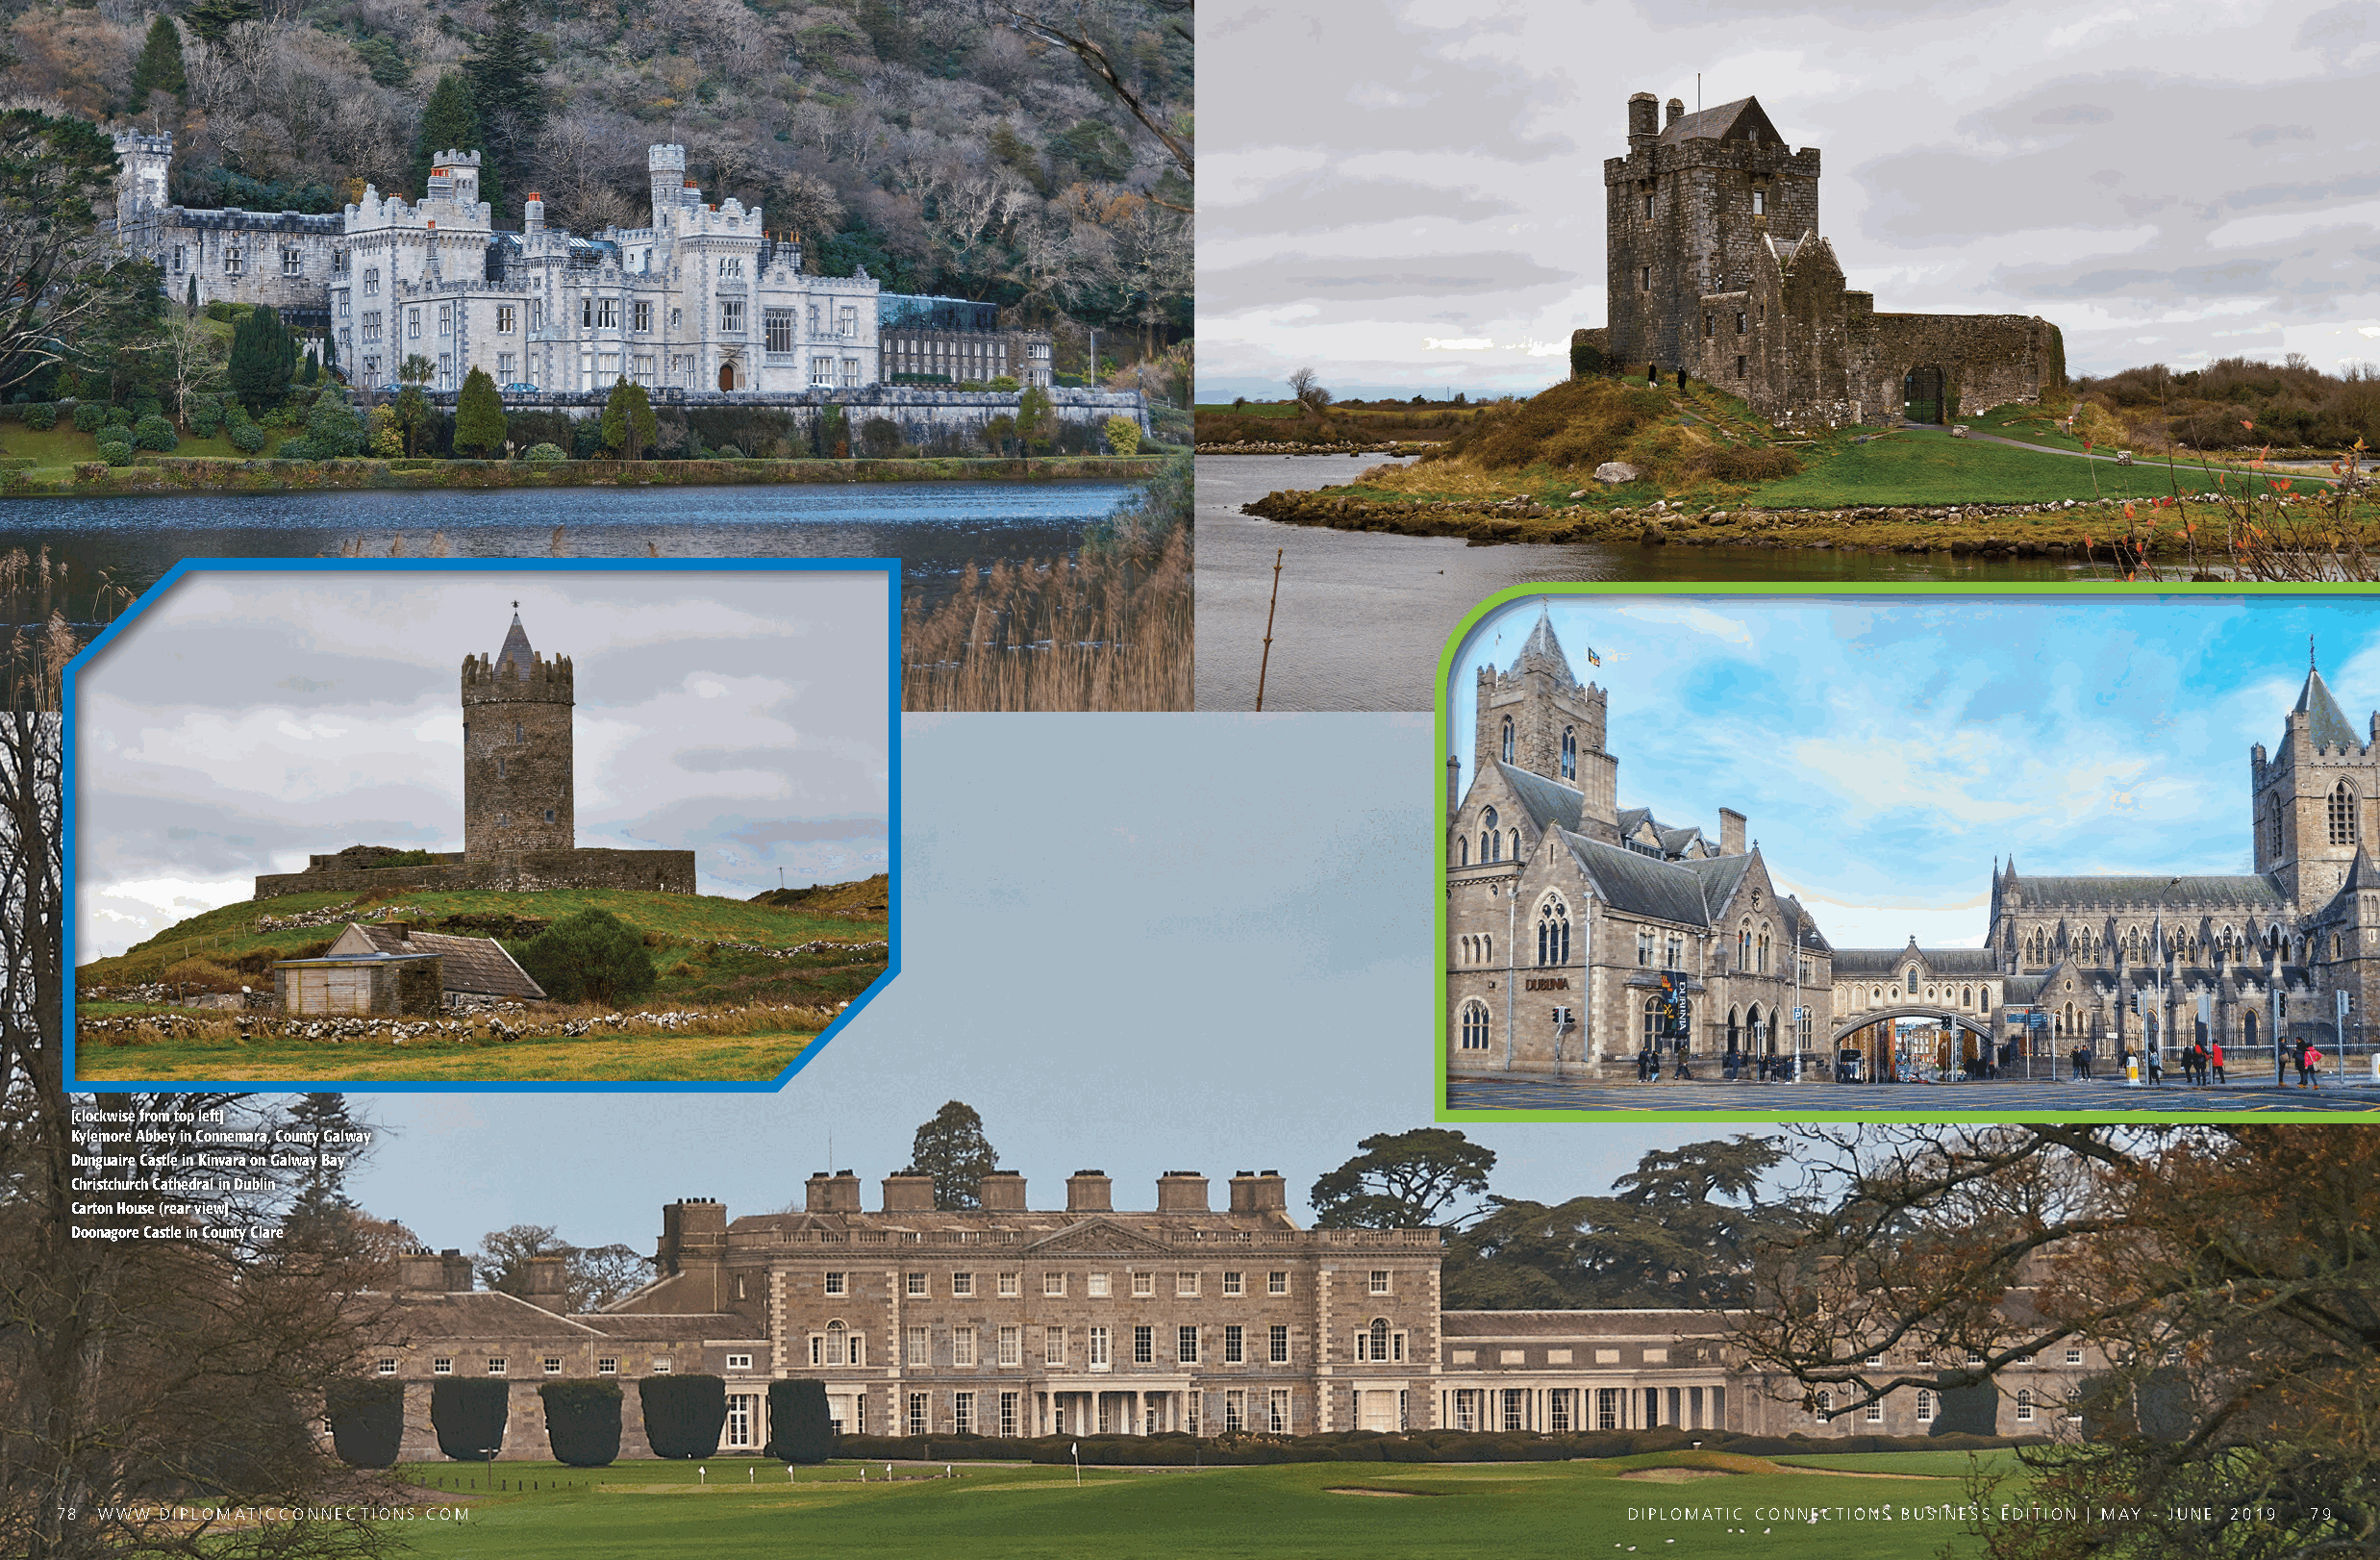
[clockwise from top left]
 Kylemore Abbey in Connemara, County Galway
 Dunguaire Castle in Kinvara on Galway Bay
 Christchurch Cathedral in Dublin
 Carton House (rear view]
 Doonagore Castle in County Clare
 78 WWW.DIPLOMATICCONNECTIONS.COM                                                                            DIPLOMATIC CONNECTIONS BUSINESS EDITION | MAY - JUNE 2019 79